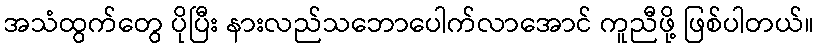
အသံထွက်တွေ ပိုပြီး နားလည်သဘောပေါက်လာအောင် ကူညီဖို့ ဖြစ်ပါတယ်။